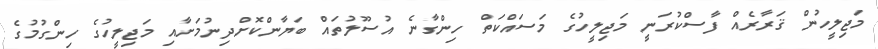
މަޖިލީހުން ޤަރާރެއް ފާސްކުރަނީ މަޖިލީހުގެ މަސައްކަތް ހިންގާނެ އުސޫލުތައް ބަޔާންކޮށްދިނުމަށާއި މަޖިލީހުގެ ހިންގުމުގެ